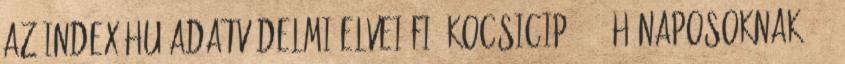
Az Index.hu adatvédelmi elvei FIÚ KOCSICIPŐ 0-3 hónaposoknak 743